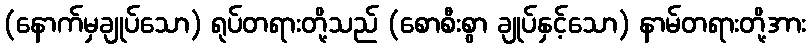
(နောက်မှချုပ်သော) ရုပ်တရားတို့သည် (စောစီးစွာ ချုပ်နှင့်သော) နာမ်တရားတို့အား